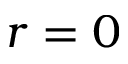
r = 0